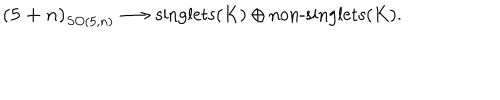
\mathbf { ( 5 + n ) } _ { S O ( 5 , n ) } \longrightarrow \textrm { s i n g l e t s } ( K ) \oplus \textrm { n o n - s i n g l e t s } ( K ) .